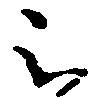
被